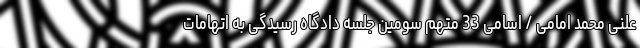
علنی محمد امامی / اسامی 33 متهم سومین جلسه دادگاه رسیدگی به اتهامات